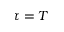
\tau = T